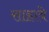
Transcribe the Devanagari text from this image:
साहावे